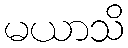
မယာသိ